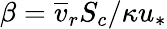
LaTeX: \beta=\overline{{v}}_{r}S_{c}/\kappa u_{*}